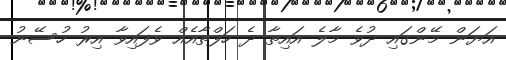
އަޔަން މޭންގައި ދުވެ މާލެ އައިތާ ދެ ހަފްތާއެއް ވެފައިވާ އިރު ހުސޭނު